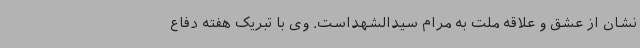
نشان از عشق و علاقه ملت به مرام سیدالشهداست. وی با تبریک هفته دفاع